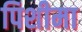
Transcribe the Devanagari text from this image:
पिशीमा